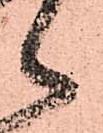
々